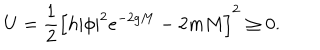
U = \frac { 1 } { 2 } \left[ h | \phi | ^ { 2 } e ^ { - 2 g M } - 2 m M \right] ^ { 2 } \geq 0 .